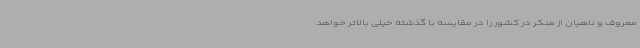
معروف و ناهیان از منکر در کشور را در مقایسه با گذشته خیلی بالاتر خواهد